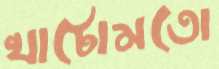
খাটোমতো